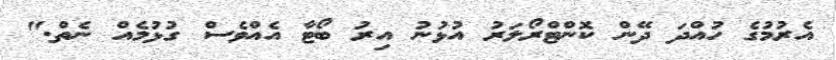
އެރުމުގެ ހުއްދަ ދޭން ކޮންޓްރޯލަރު އުޅުނު އިރު ބޯޓާ އެއްވެސް ގުޅުމެއް ނެތް."